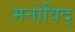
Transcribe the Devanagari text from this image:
मनोविद्